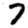
Digit: 7